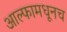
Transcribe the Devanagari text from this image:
आल्फामधूनच